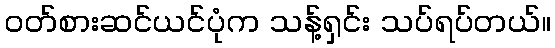
ဝတ်စားဆင်ယင်ပုံက သန့်ရှင်း သပ်ရပ်တယ်။